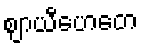
ဈာယီဟေတေ